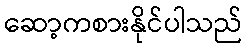
ဆော့ကစားနိုင်ပါသည်